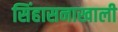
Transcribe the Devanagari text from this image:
सिंहासनाखाली